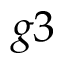
g 3